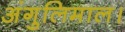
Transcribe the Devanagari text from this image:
अंगुलिमाल।